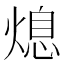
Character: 熄